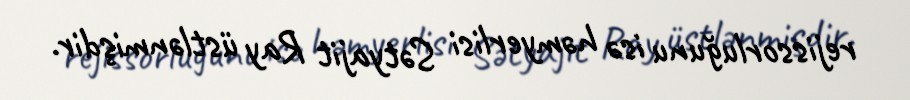
rejissorluğunu isə həmyerlisi Sətyajit Ray üstlənmişdir.